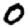
Digit: 0